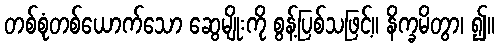
တစ်စုံတစ်ယောက်သော ဆွေမျိုးကို စွန့်ပြစ်သဖြင့်။ နိက္ခမိတွာ၊ ၍။